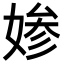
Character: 𡞋